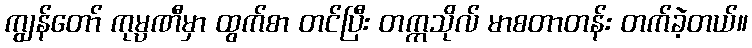
ကျွန်တော် ကုမ္ပဏီမှာ ထွက်စာ တင်ပြီး တက္ကသိုလ် မာစတာတန်း တက်ခဲ့တယ်။